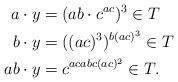
LaTeX: \begin{align*}a \cdot y &= (ab \cdot c^{ac})^3 \in T \\b \cdot y &= ((ac)^3)^{b(ac)^3} \in T \\ab \cdot y &= c^{acabc(ac)^2} \in T. \end{align*}